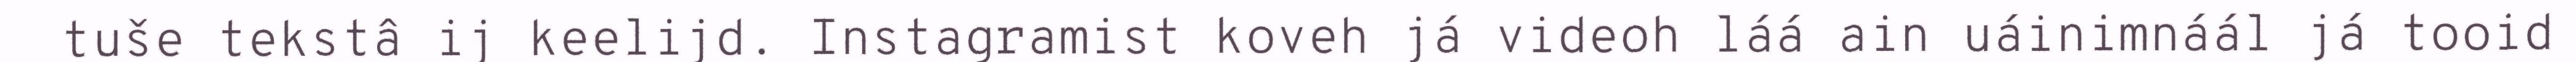
tuše tekstâ ij keelijd. Instagramist koveh já videoh láá ain uáinimnáál já tooid